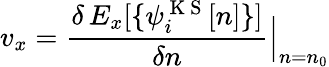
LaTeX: v_{x}=\frac{\delta\, E_{x}[\{ \psi_{i}^{\mathrm{~K~S~}}[n]\} ]}{\delta n}\Big|_{n=n_{0}}